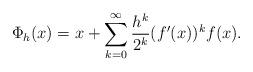
LaTeX: \begin{align*} \Phi_h(x)=x+\sum_{k=0}^\infty \frac{h^k}{2^k} (f'(x))^k f(x).\end{align*}